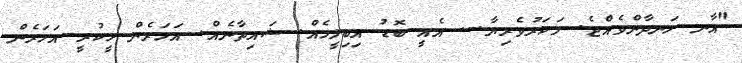
"އާނ ހަނދާންވެއްޖެ. މަކަރުވެރިޔާ... އެއީ ބޮޑު އިބިލީހެއް. ޝައިތާނެއް. އަހަރެން ހީކުރީ އަހަރެން